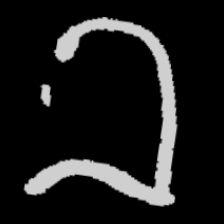
Pyu character \u2014 Myanmar letter: ခ (romanized: kha)